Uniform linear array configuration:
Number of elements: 8
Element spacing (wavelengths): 0.25
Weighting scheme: hamming
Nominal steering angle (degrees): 45
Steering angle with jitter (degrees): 45.356
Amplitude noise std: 0.05
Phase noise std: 0.05

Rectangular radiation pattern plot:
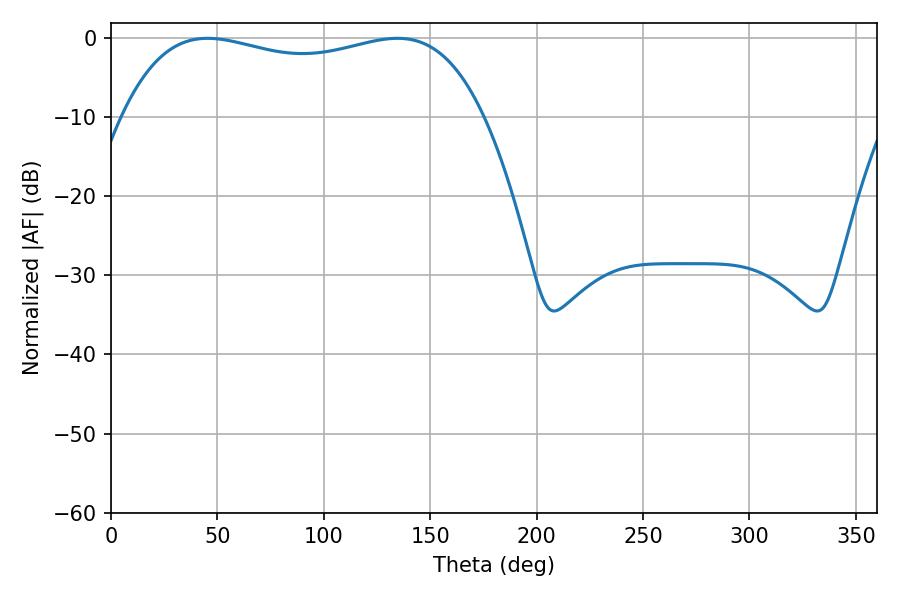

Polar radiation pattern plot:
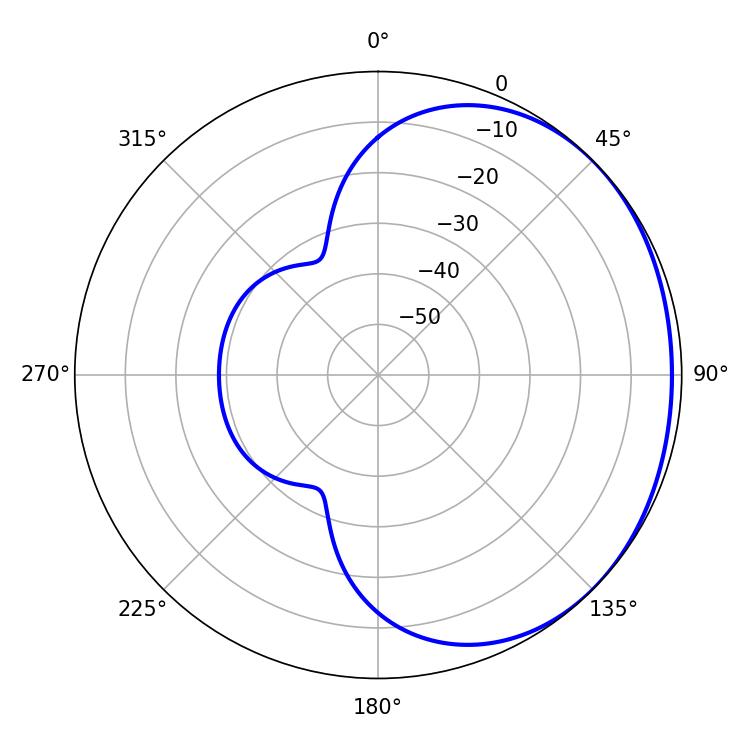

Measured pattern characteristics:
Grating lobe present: FALSE
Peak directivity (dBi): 1.131
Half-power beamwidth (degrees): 137.88
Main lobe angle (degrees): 45.36